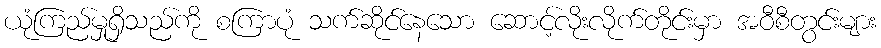
ယုံကြည်မှုရှိသည်ကို စကြာပုံ သက်ဆိုင်နေသော ဆောင့်လိုးလိုက်တိုင်းမှာ အဝီစီတွင်းများ